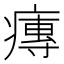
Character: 𤹵